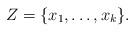
LaTeX: \begin{align*}Z= \lbrace x_1 , \ldots , x_k \rbrace .\end{align*}